Sanitation, dispensaries and jails vaccination Rajputana 1922-1927 - 1922-1927
Year: 1922
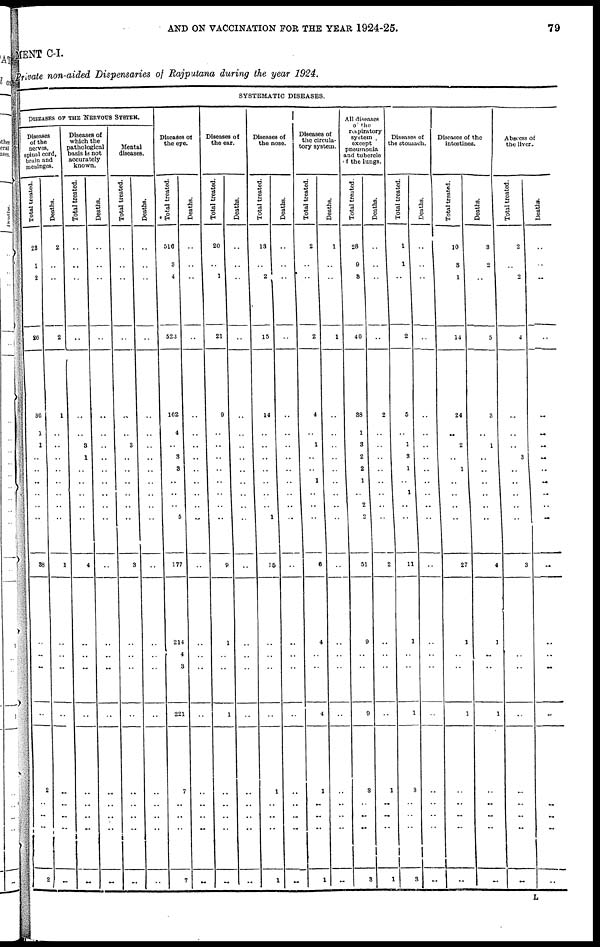
AND ON VACCINATION FOR THE YEAR 1924-25.
79
MENT C-I.
Private non-aided Dispensaries of Rajputana during the year 1924.
SYSTEMATIC DISEASES.
DISEASES OF THE NERVOUS SYSTEM.
Diseases
of the
nerves,
spinal cord,
brain and
meninges.
Total treated.
23
1
2
26
36
1
1
..
..
..
..
..
..
38
..
..
..
..
2
..
..
2
Deaths.
2
..
..
2
1
..
..
..
..
..
..
..
..
1
..
..
..
..
..
..
..
..
Diseases of
which the
athological
basis is not
accurately
known.
Total treated.
..
..
..
..
..
..
3
1
..
..
..
..
..
4
..
..
..
..
..
..
..
..
Deaths.
..
..
..
..
..
..
..
..
..
..
..
..
..
..
..
..
..
..
..
..
..
..
Mental
diseases.
Total treated.
..
..
..
..
..
..
3
..
..
..
..
..
..
3
..
..
..
..
..
..
..
..
Deaths.
..
..
..
..
..
..
..
..
..
..
..
..
..
..
..
..
..
..
..
..
..
..
Diseases of
the eye.
Total treated.
516
3
4
523
162
4
..
3
3
..
..
..
5
177
214
4
3
221
7
..
..
7
Deaths.
..
..
..
..
..
..
..
..
..
..
..
..
..
..
..
..
..
..
..
..
..
..
Diseases of
the ear.
Total treated.
20
..
1
21
9
..
..
..
..
..
..
..
..
9
1
..
..
1
..
..
..
..
Deaths.
..
..
..
..
..
..
..
..
..
..
..
..
..
..
..
..
..
..
..
..
..
..
Diseases of
the nose.
Total treated.
13
..
2
15
14
..
..
..
..
..
..
..
1
15
..
..
..
..
1
..
..
1
Deaths.
..
..
..
..
..
..
..
..
..
..
..
..
..
..
..
..
..
..
..
..
..
..
Diseases of
the circula-
tory system.
Total treated.
2
..
..
2
4
..
1
..
..
1
..
..
..
6
4
..
..
4
1
..
..
5
Deaths.
1
..
..
1
..
..
..
..
..
..
..
..
..
..
..
..
..
..
..
..
..
1
All diseases
of the
respiratory
system
except
pneumonia
and tubercle
of the lungs.
Total treated.
28
9
3
40
38
1
3
2
2
1
..
2
2
51
9
..
..
9
3
..
..
3
Deaths.
..
..
..
..
2
..
..
..
..
..
..
..
..
2
..
..
..
..
1
..
..
1
Diseases of
the stomach.
Total treated.
1
1
..
2
5
..
1
3
1
..
1
..
..
11
1
..
..
1
3
..
..
3
Deaths.
..
..
..
..
..
..
..
..
..
..
..
..
..
..
..
..
..
..
..
..
..
..
Diseases of the
intestines.
Total treated.
10
3
1
14
24
..
2
..
1
..
..
..
..
27
1
..
..
1
..
..
..
..
Deaths.
3
2
..
5
3
..
1
..
..
..
..
..
..
4
1
..
..
1
..
..
..
..
Abscess of
the liver.
Total treated.
2
..
2
4
..
..
..
3
..
..
..
..
..
3
..
..
..
..
..
..
..
..
Deaths.
..
..
..
..
..
..
..
..
..
..
..
..
..
..
..
..
..
..
..
..
..
..
L